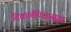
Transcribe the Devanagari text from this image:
दिवाळीपेक्षासुद्धा